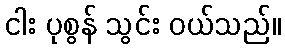
ငါး ပုစွန် သွင်း ဝယ်သည်။